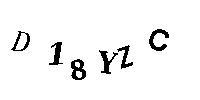
D18YZC